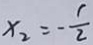
x _ { 2 } = - \frac { 1 } { 2 }